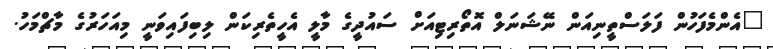
"އެންމެފަހުން ފަލަސްތީނިއަން ނޭޝަނަލް އޮތޯރިޓިއަށް ސައުދީގެ މާލީ އެހީތެރިކަން ލިބިފައިވަނީ މިއަހަރުގެ މާޗްމަހު.